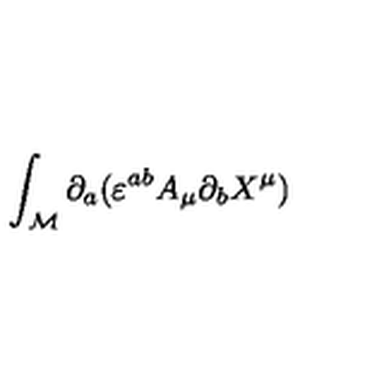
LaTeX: \int _ { \cal M } \partial _ { a } ( \varepsilon ^ { a b } A _ { \mu } \partial _ { b } X ^ { \mu } )